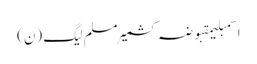
اسمبلیمقبوضہ کشمیرمسلم لیگ (ن)